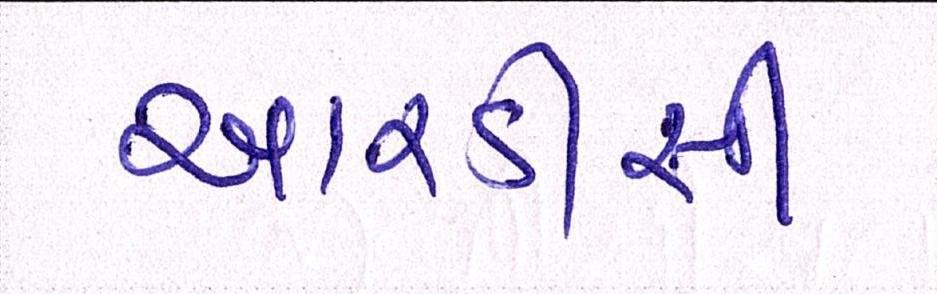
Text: આરડીસી